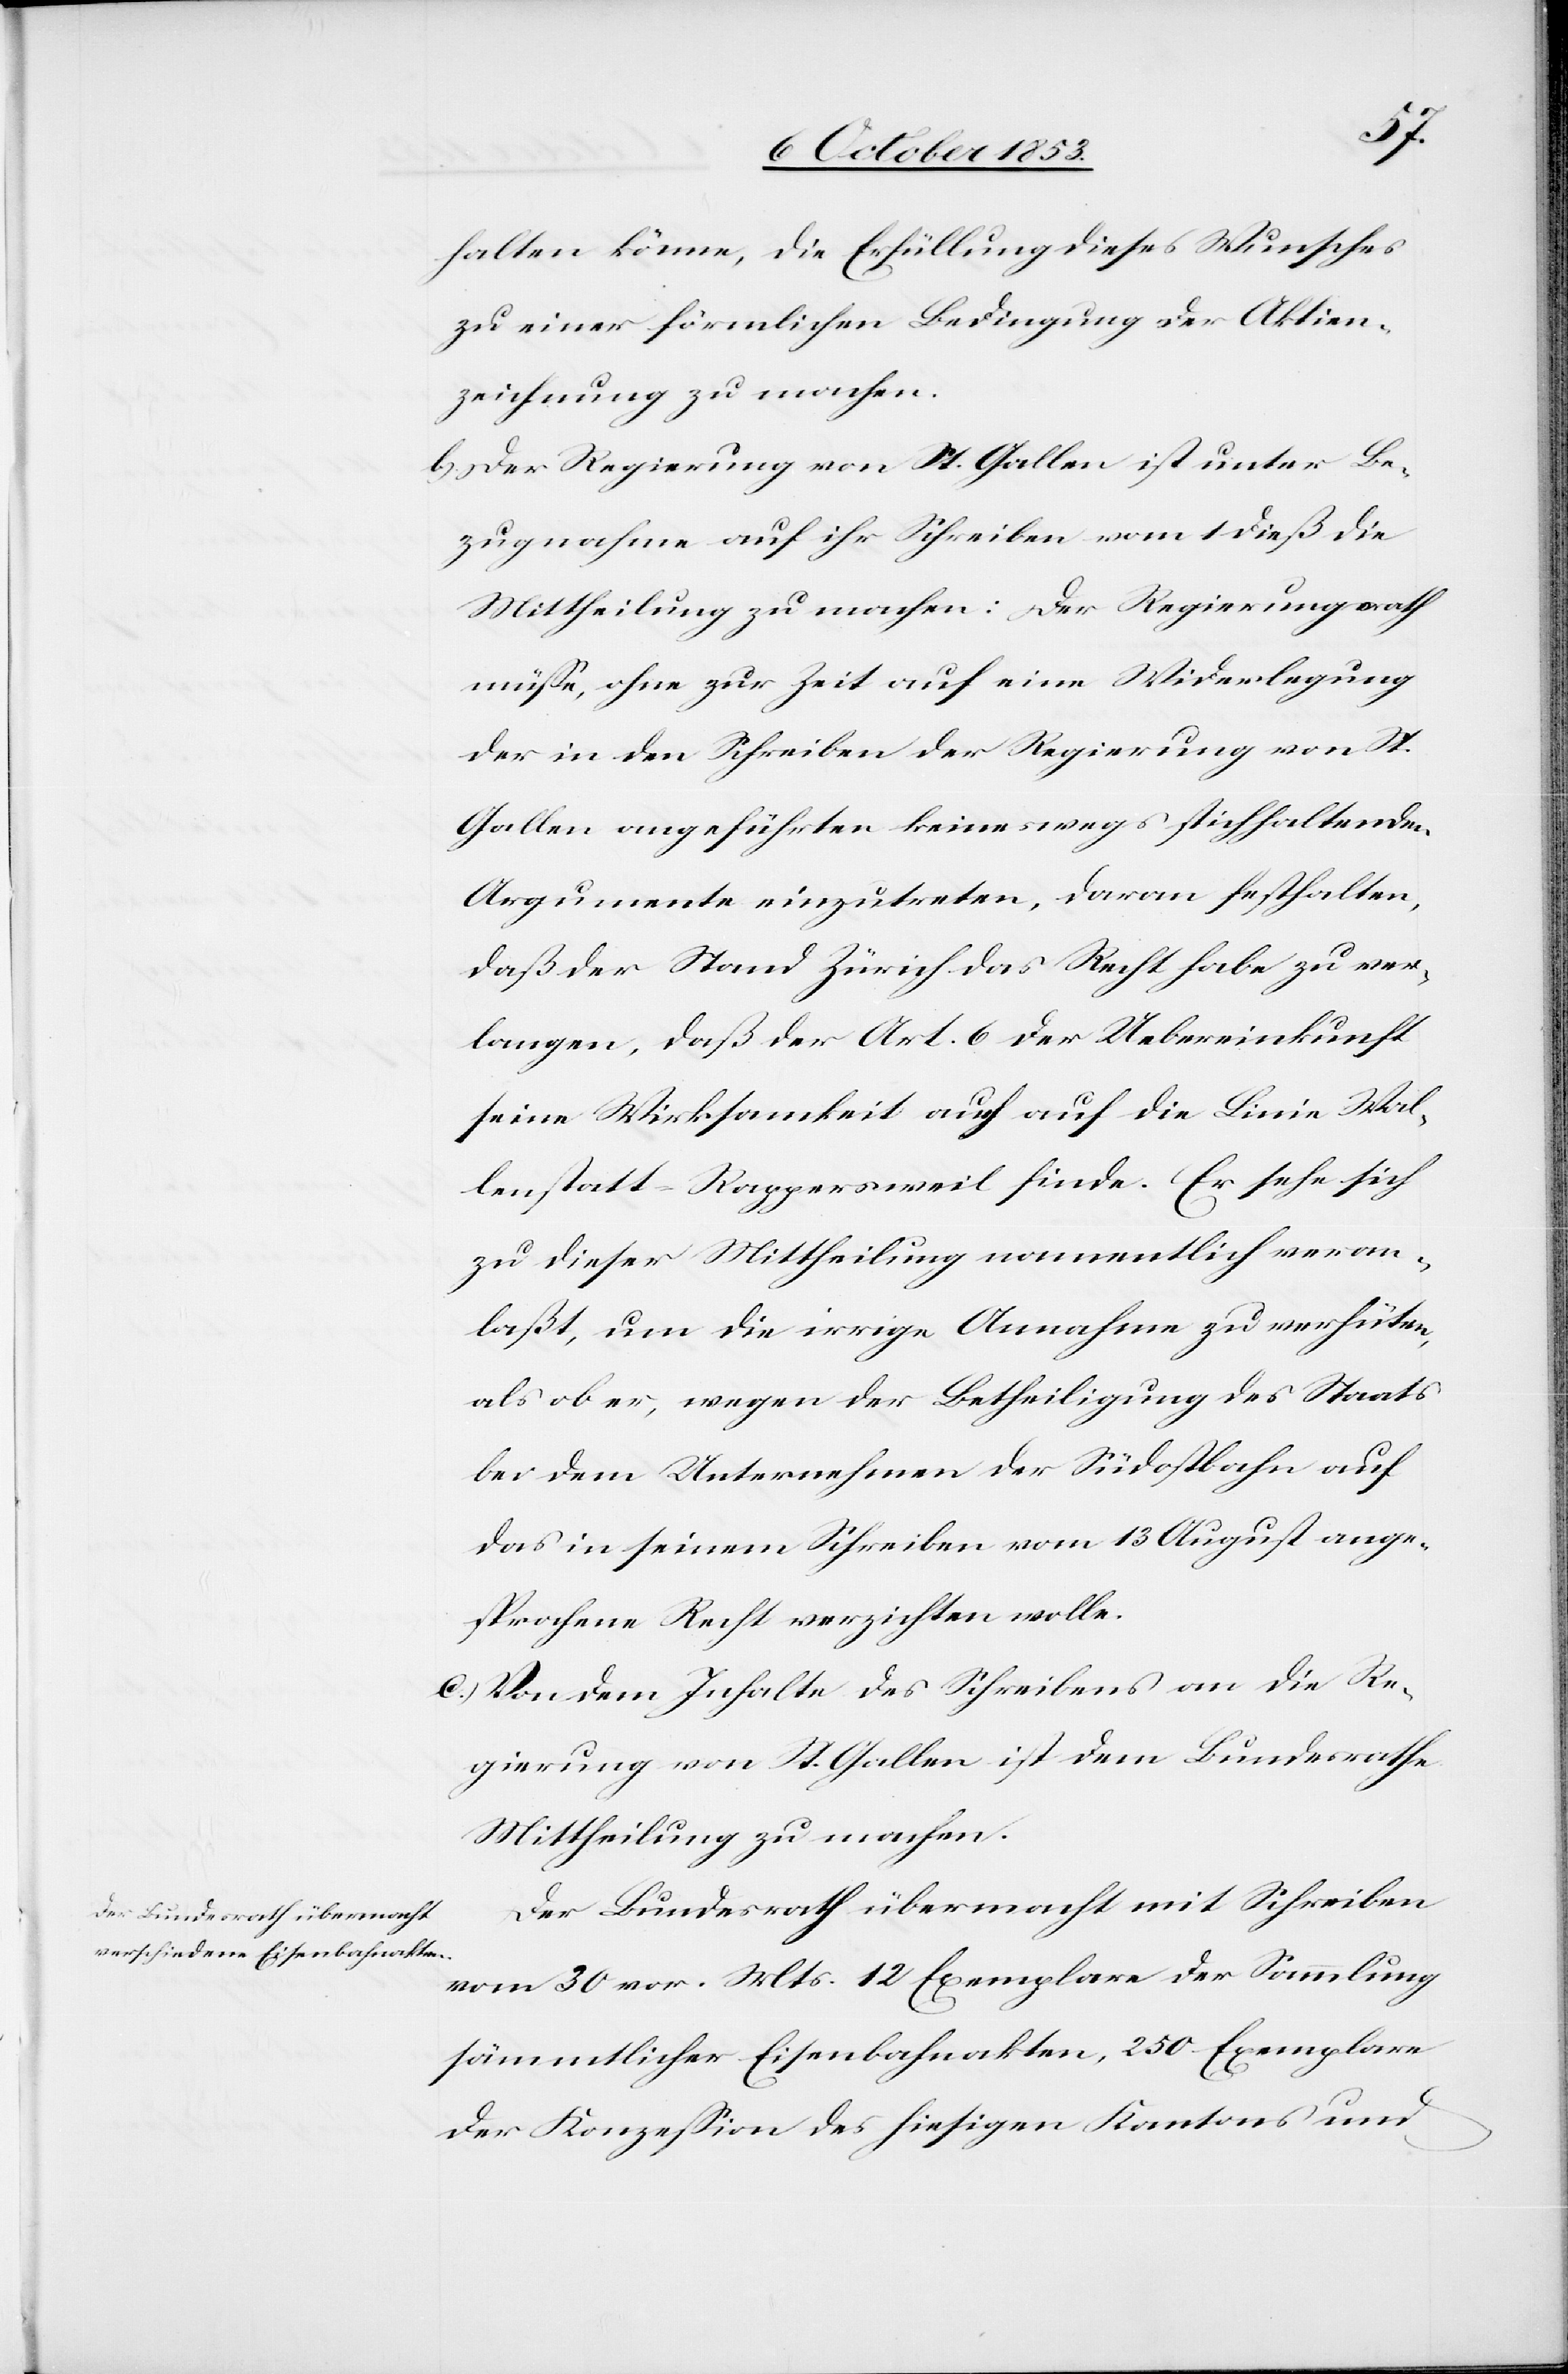
halten könne, die Erfüllung dieses Wunsches
zu einer förmlichen Bedingung der Aktien¬
zeichnung zu machen.
b) Der Regierung von St. Gallen ist unter Be¬
zugnahme auf ihr Schreiben vom 1 dieß die
Mittheilung zu machen: Der Regierungsrath
müße, ohne zur Zeit auf eine Widerlegung
der in den Schreiben der Regierung von St.
Gallen angeführten keineswegs stichhaltenden
Argumente einzutreten, daran festhalten,
daß der Stand Zürich das Recht habe zu ver¬
langen, daß der Art. 6 der Uebereinkunft
seine Wirksamkeit auch auf die Linie Wal¬
lenstadt–Rappersweil finde. Er sehe sich
zu dieser Mittheilung namentlich veran¬
laßt, um die irrige Annahme zu verhüten,
als ob er, wegen der Betheiligung des Staats
bei dem Unternehmen der Südostbahn auf
das in seinem Schreiben vom 13 August ange¬
sprochenen Recht verzichten wolle.
c) Von dem Inhalte des Schreibens an die Re¬
gierung von St. Gallen ist dem Bundesrathe
Mittheilung zu machen.
Der Bundesrath übermacht mit Schreiben
vom 30 vor. Mts. 12 Exemplare der Sammlung
sämmtlicher Eisenbahnakten, 250 Exemplare
der Konzeßion des hiesigen Kantons und